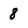
Character: 8